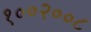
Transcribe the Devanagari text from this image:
१००२००८